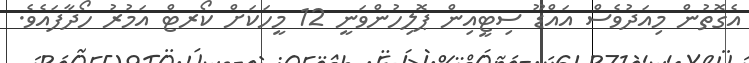
އެގޮތުން މިއަދުވެސް އައްޑޫ ސިޓީއިން ޕޮލިހުންވަނީ 12 މީހަކަށް ކޯރޓް އަމުރު ހޯދާފައެވެ.